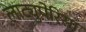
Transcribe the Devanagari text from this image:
लाट्युपेरिसा